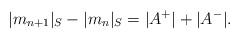
LaTeX: \begin{align*}\lvert m_{n+1} \rvert_S-\lvert m_{n} \rvert_S=\lvert A^+\rvert+\lvert A^-\rvert.\end{align*}